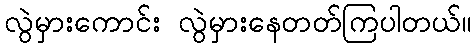
လွဲမှားကောင်း လွဲမှားနေတတ်ကြပါတယ်။